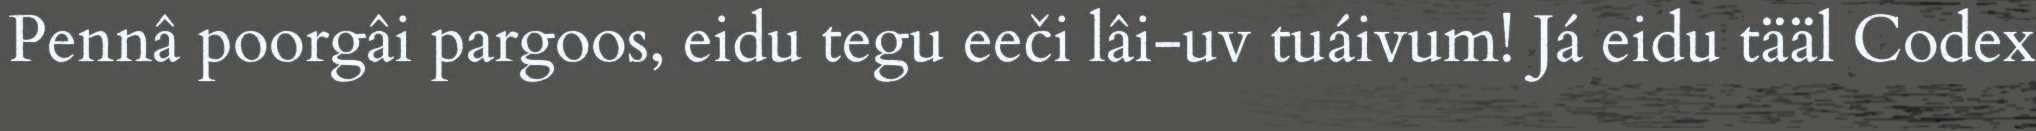
Pennâ poorgâi pargoos, eidu tegu eeči lâi-uv tuáivum! Já eidu tääl Codex